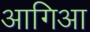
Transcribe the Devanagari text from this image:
आगिआ